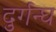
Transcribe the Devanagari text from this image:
दुर्गन्घ